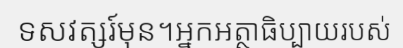
ទសវត្សរ៍មុន។អ្នកអត្ថាធិប្បាយរបស់